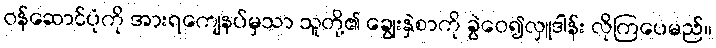
ဝန်ဆောင်ပုံကို အားရကျေနပ်မှသာ သူတို့၏ ချွေးနှဲစာကို ခွဲဝေ၍လှူဒါန်း လိုကြပေမည်။